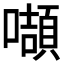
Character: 𭋴